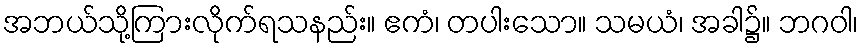
အဘယ်သို့ကြားလိုက်ရသနည်း။ ဧကံ၊ တပါးသော။ သမယံ၊ အခါ၌။ ဘဂဝါ၊